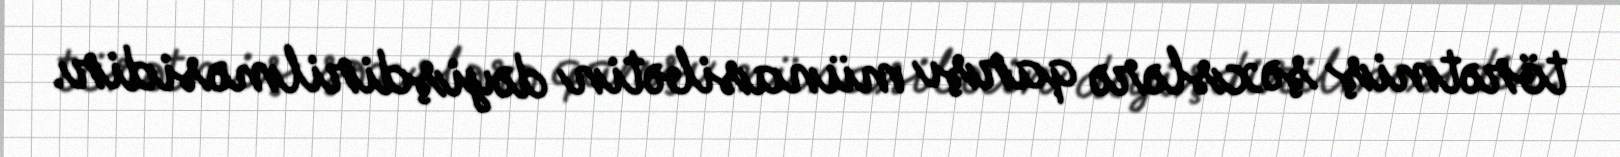
törətmiş şəxslərə qarşı münasibətin dəyişdirilməsidir.